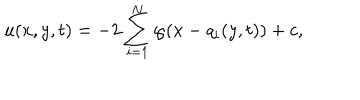
LaTeX: u ( x , y , t ) = - 2 \sum _ { i = 1 } ^ { N } \wp ( x - q _ { i } ( y , t ) ) + c ,